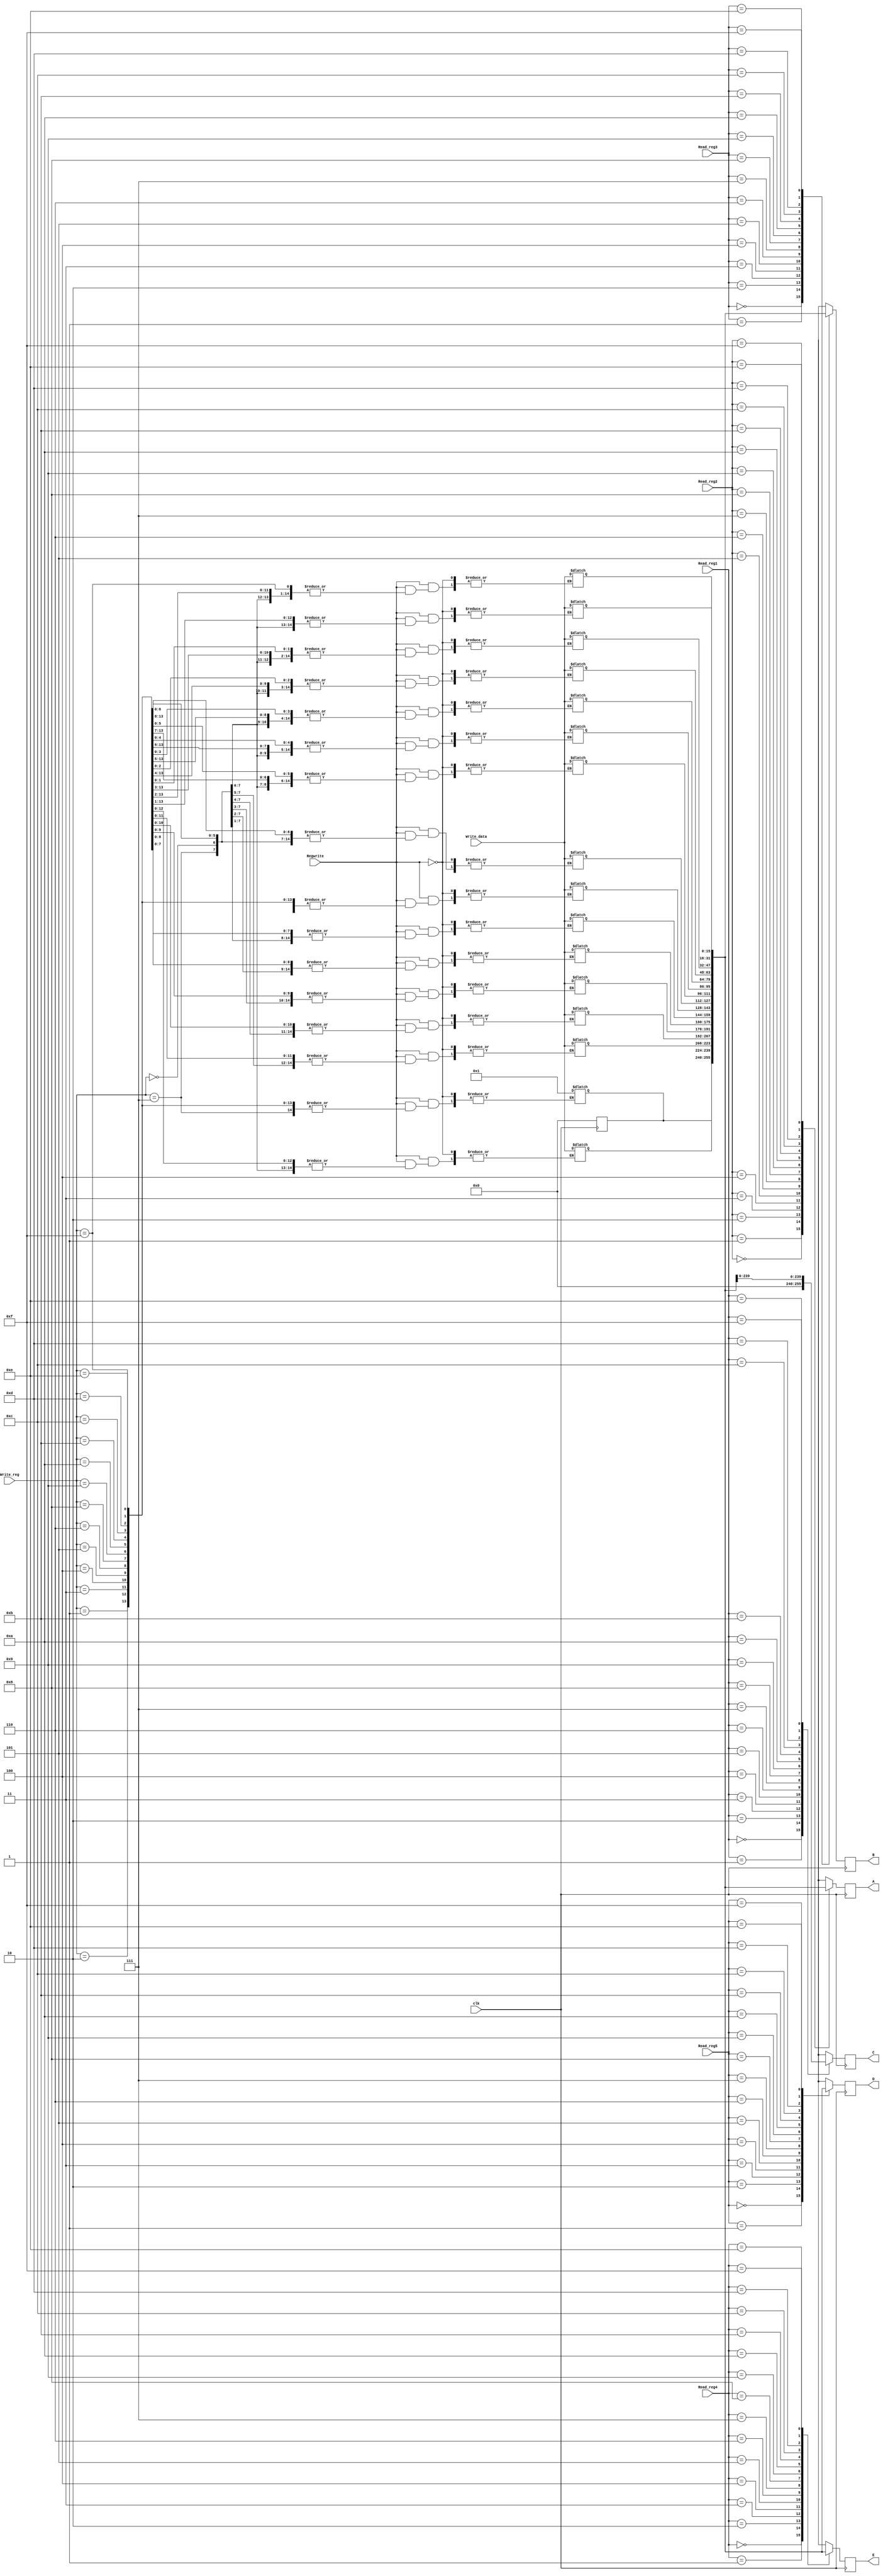
//`timescale 1ns / 1ps

//Register bank is coded in this file

module Register_Bank(
    input Regwrite, //enabling write to register bank
    input [3:0] Read_reg1,
    input [3:0] Read_reg2,
    input [3:0] Read_reg3,
    input [3:0] Read_reg4,
    input [3:0] Read_reg5,  //Able to read 5 register at once.(To complete the task in given clock cycles)
    input [3:0] Write_reg,
    input [15:0] Write_data,
    input clk,
    output reg[15:0] A,
    output reg[15:0] B,
    output reg[15:0] C,
    output reg[15:0] D,
    output reg[15:0] E    );
    
    reg [15:0]R0;    //16 registers
    reg [15:0]R1;
    reg [15:0]R2;
    reg [15:0]R3;
    reg [15:0]R4;
    reg [15:0]R5;
    reg [15:0]R6;
    reg [15:0]R7;
    reg [15:0]R8;
    reg [15:0]R9;
    reg [15:0]R10;
    reg [15:0]R11;
    reg [15:0]R12;
    reg [15:0]R13;
    reg [15:0]R14;
    reg [15:0]R15;
    
always@(posedge clk)   //feeding the intermediate registers A,B,C,D,E appropriately with contents in the register bank
    begin
    R0 = 16'd0;  //R0 is hard coded to 16'd0
    case( Read_reg1)  // initializing C using read_reg1 from instruction
    4'b0000: C = R0;   
    4'b0001: C = R1;
    4'b0010: C = R2;
    4'b0011: C = R3;
    4'b0100: C = R4;
    4'b0101: C = R5;
    4'b0110: C = R6;
    4'b0111: C = R7;
    4'b1000: C = R8;
    4'b1001: C = R9;
    4'b1010: C = R10;
    4'b1011: C = R11;
    4'b1100: C = R12;
    4'b1101: C = R13;
    4'b1110: C = R14;
    4'b1111: C = R15;
    default: C= 16'hxxxx;
    endcase
    end
    
 always@(posedge clk)
    begin
    case( Read_reg2)  // initializing A using read_reg2 from instruction
    4'b0000: A = R0;
    4'b0001: A = R1;
    4'b0010: A = R2;
    4'b0011: A = R3;
    4'b0100: A = R4;
    4'b0101: A = R5;
    4'b0110: A = R6;
    4'b0111: A = R7;
    4'b1000: A = R8;
    4'b1001: A = R9;
    4'b1010: A = R10;
    4'b1011: A = R11;
    4'b1100: A = R12;
    4'b1101: A = R13;
    4'b1110: A = R14;
    4'b1111: A = R15;
    default: A= 16'hxxxx;
    endcase
    end   
    
 always@(posedge clk)
    begin
    case( Read_reg3)    // initializing B using read_reg3 from instruction
    4'b0000: B = R0;
    4'b0001: B = R1;
    4'b0010: B = R2;
    4'b0011: B = R3;
    4'b0100: B = R4;
    4'b0101: B = R5;
    4'b0110: B = R6;
    4'b0111: B = R7;
    4'b1000: B = R8;
    4'b1001: B = R9;
    4'b1010: B = R10;
    4'b1011: B = R11;
    4'b1100: B = R12;
    4'b1101: B = R13;
    4'b1110: B = R14;
    4'b1111: B = R15;
    default: B = 16'hxxxx;
    endcase
    end      
    
always@(posedge clk)
    begin
    case( Read_reg4)      // initializing E using read_reg4 from instruction
    4'b0000: E  = R0;
    4'b0001: E = R1;
    4'b0010: E = R2;
    4'b0011: E = R3;
    4'b0100: E = R4;
    4'b0101: E = R5;
    4'b0110: E = R6;
    4'b0111: E = R7;
    4'b1000: E = R8;
    4'b1001: E = R9;
    4'b1010: E = R10;
    4'b1011: E = R11;
    4'b1100: E = R12;
    4'b1101: E = R13;
    4'b1110: E = R14;
    4'b1111: E = R15;
    default: E =  16'hxxxx;
    endcase
    end   
    
always@(posedge clk)
    begin
    case( Read_reg5)     // initializing D using read_reg5 from instruction
    4'b0000: D  = R0;
    4'b0001: D = R1;
    4'b0010: D = R2;
    4'b0011: D = R3;
    4'b0100: D = R4;
    4'b0101: D = R5;
    4'b0110: D = R6;
    4'b0111: D = R7;
    4'b1000: D = R8;
    4'b1001: D = R9;
    4'b1010: D = R10;
    4'b1011: D = R11;
    4'b1100: D = R12;
    4'b1101: D = R13;
    4'b1110: D = R14;
    4'b1111: D = R15;
    default: D =  16'hxxxx;
    endcase
    end       
    
always@(Regwrite,Write_data,Write_reg)
begin
    if (Regwrite==1'b1)    //Writing the data into Destination Register when RegWrite is enabled 
    case( Write_reg)
        4'b0000: R0  = 1'b1;
        4'b0001: R1 = Write_data;
        4'b0010: R2 = Write_data;
        4'b0011: R3 = Write_data;
        4'b0100: R4 = Write_data;
        4'b0101: R5 = Write_data;
        4'b0110: R6 = Write_data;
        4'b0111: R7 = Write_data;
        4'b1000: R8 = Write_data;
        4'b1001: R9 = Write_data;
        4'b1010: R10 = Write_data;
        4'b1011: R11 = Write_data;
        4'b1100: R12 = Write_data;
        4'b1101: R13 = Write_data;
        4'b1110: R14 = Write_data;
        4'b1111: R15 = Write_data;
    default:
    begin
        
        R0 =  R0;   //dfault case resulting in no change among the registers
        R1 =  R1;
        R2 =  R2;
        R3 =  R3;
        R4 =  R4;
        R5 =  R5;
        R6 =  R6;
        R7 =  R7;
        R8 =  R8;
        R9 =  R9;
        R10 =  R10;
        R11 =  R11;
        R12 =  R12;
        R13 =  R13;
        R14 =  R14;
        R15 =  R15;
    end
    endcase
    else 
    begin
        R0 = R0;
        R1 = R1;
        R2 = R2;
        R3 = R3;
        R4 = R4;
        R5 = R5;
        R6 = R6;
        R7 = R7;
        R8 = R8;
        R9 = R9;
        R10 = R10;
        R11 = R11;
        R12 = R12;
        R13 = R13;
        R14 = R14;
        R15 = R15;
    end
    end           
endmodule